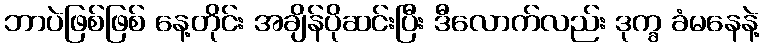
ဘာပဲဖြစ်ဖြစ် နေ့တိုင်း အချိန်ပိုဆင်းပြီး ဒီလောက်လည်း ဒုက္ခ ခံမနေနဲ့